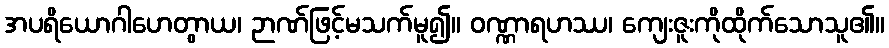
အပရိယောဂါဟေတွာယ၊ ဉာဏ်ဖြင့်မသက်မူ၍။ ဝဏ္ဏာရဟဿ၊ ကျေးဇူးကိုထိုက်သောသူ၏။